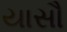
યાસૌ